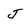
Character: J